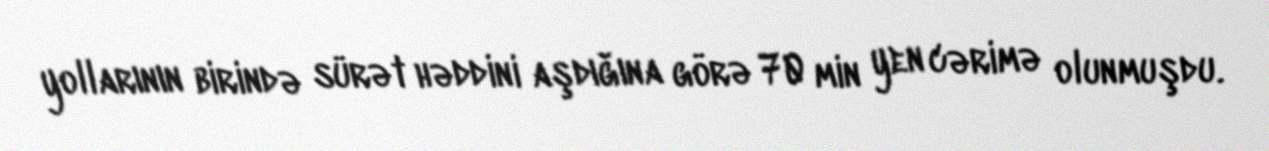
yollarının birində sürət həddini aşdığına görə 70 min yen cərimə olunmuşdu.